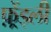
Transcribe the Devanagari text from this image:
फ़्रेंड्ली